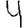
Digit: 4